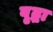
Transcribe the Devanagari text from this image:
वृृद्धा